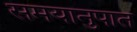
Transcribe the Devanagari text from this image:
समयानुपात